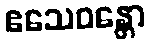
ဧသေဝန္တော